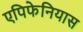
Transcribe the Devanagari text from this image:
एपिफेनियास